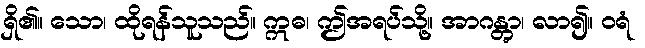
ရှိ၏။ သော၊ ထိုရန်သူသည်။ ဣဓ၊ ဤအရပ်သို့။ အာဂန္တွာ၊ လာ၍။ ဝရံ